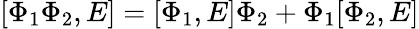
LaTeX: [\Phi_{1}\Phi_{2},E]=[\Phi_{1},E]\Phi_{2}+\Phi_{1}[\Phi_{2},E]